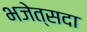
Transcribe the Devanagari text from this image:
भजेत्सदा